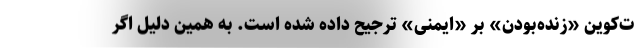
ت‌کوین «زنده‌بودن» بر «ایمنی» ترجیح داده شده است. به همین دلیل اگر